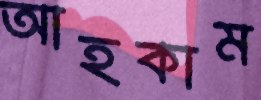
আহকাম